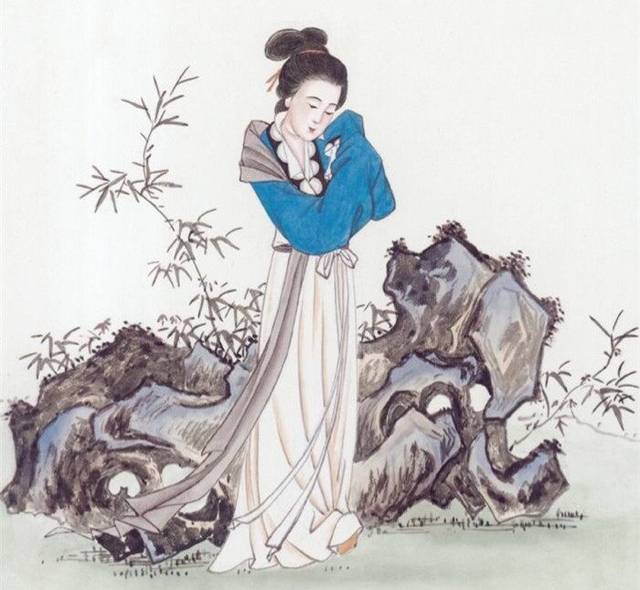
相思已是不曾闲，又那得工夫咒你。